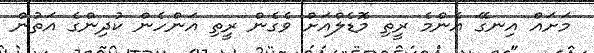
މަށައް އިނގޭ އެންމެ ރީތި މޮޑެލްއަށް ވެގެން ރީތި އަންހެން ކުދިންގެ އަތުން